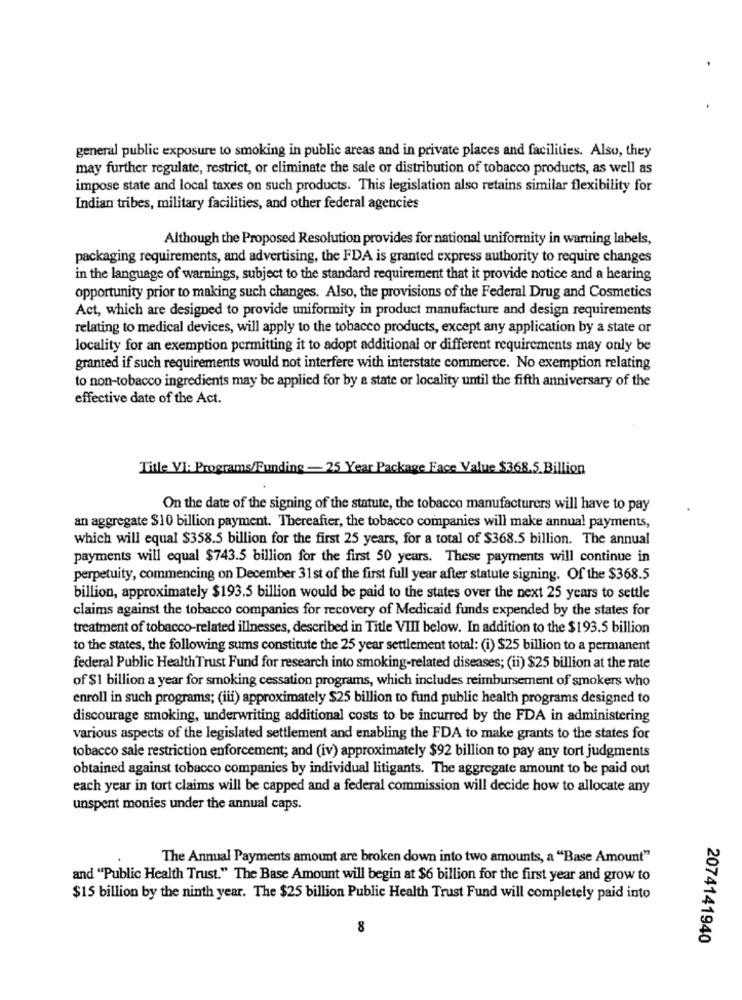
general public exposure to smoking in public areas and in private places and facilities. Also, they
may further regulate, restrict, or eliminate the sale or distribution of tobacco products, as well as
impose state and local taxes on such products. This legislation also retains similar flexibility for
Indian tribes, military facilities, and other federal agencies
Although the Proposed Resolution provides for national uniformity in warning labels,
packaging requirements, and advertising, the FDA is granted express authority to require changes
in the language of warnings, subject to the standard requirement that it provide notice and a hearing
opportunity prior to making such changes. Also, the provisions of the Federal Drug and Cosmetics
Act, which are designed to provide uniformity in product manufacture and design requirements
relating to medical devices, will apply to the tobacco products, except any application by a state or
locality for an exemption permitting it to adopt additional or different requirements may only be
granted if such requirements would not interfere with interstate commerce. No exemption relating
to non-tobacco ingredients may be applied for by a state or locality until the fifth anniversary of the
effective date of the Act.
Title VI: Programs/Funding - 25 Year Package Face Value $368.5 Billion
On the date of the signing of the statute, the tobacco manufacturers will have to pay
an aggregate $10 billion payment. Thereafter, the tobacco companies will make annual payments,
which will equal $358.5 billion for the first 25 years, for a total of $368.5 billion. The annual
payments will equal $743.5 billion for the first 50 years. These payments will continue in
perpetuity, commencing on December 31st of the first full year after statute signing. Of the $368.5
billion, approximately $193.5 billion would be paid to the states over the next 25 years to settle
claims against the tobacco companies for recovery of Medicaid funds expended by the states for
treatment of tobacco-related illnesses, described in Title VIII below. In addition to the $193.5 billion
to the states, the following sums constitute the 25 year settlement total: (i) $25 billion to a permanent
federal Public Health Trust Fund for research into smoking-related diseases; (ii) $25 billion at the rate
of $1 billion a year for smoking cessation programs, which includes reimbursement of smokers who
enroll in such programs; (iii) approximately $25 billion to fund public health programs designed to
discourage smoking, underwriting additional costs to be incurred by the FDA in administering
various aspects of the legislated settlement and enabling the FDA to make grants to the states for
tobacco sale restriction enforcement; and (iv) approximately $92 billion to pay any tort judgments
obtained against tobacco companies by individual litigants. The aggregate amount to be paid out
each year in tort claims will be capped and a federal commission will decide how to allocate any
unspent monies under the annual caps.
The Annual Payments amount are broken down into two amounts, a "Base Amount"
and "Public Health Trust." The Base Amount will begin at $6 billion for the first year and grow to
$15 billion by the ninth year. The $25 billion Public Health Trust Fund will completely paid into
8
2074141940